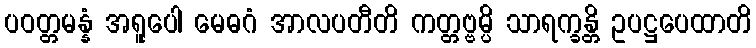
ပဝတ္တမန္နံ အရူပေါ မေဓဂံ အာလပတီတိ ကတ္တဗ္ဗမ္ပိ သာရက္ခန္တိ ဥပဋ္ဌပေထာတိ